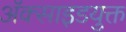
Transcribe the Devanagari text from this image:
अॅक्साइडयुक्त